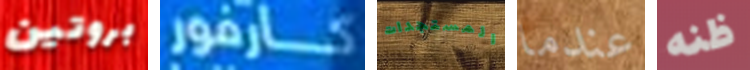
بروتين كارفور المستجدات عندما ظنه